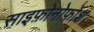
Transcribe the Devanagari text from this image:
साइफ़ोनोफ़ोश